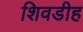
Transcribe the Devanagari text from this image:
शिवडीह